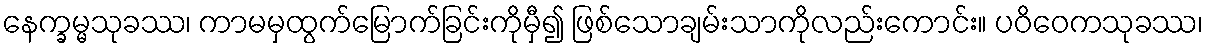
နေက္ခမ္မသုခဿ၊ ကာမမှထွက်မြောက်ခြင်းကိုမှီ၍ ဖြစ်သောချမ်းသာကိုလည်းကောင်း။ ပဝိဝေကသုခဿ၊